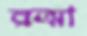
রত্মা